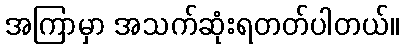
အကြာမှာ အသက်ဆုံးရတတ်ပါတယ်။